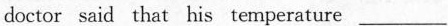
doctor said that his temperature ___